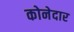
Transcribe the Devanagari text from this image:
कोनेदार